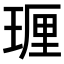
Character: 𪻵